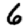
Digit: 6